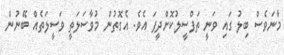
މާނަވެސް ބިލު ގައި ވަނީ ތަފްސީލުކޮށްދީފަ އެވެ. އެގޮތުން މުވާސަލަތީ ވަސީލަތެއް ބޭނުން